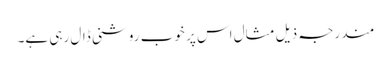
مندرجہ ذیل مثال اس پر خوب روشنی ڈال رہی ہے۔